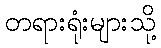
တရားရုံးများသို့